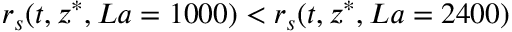
r _ { s } ( t , z ^ { * } , L a = 1 0 0 0 ) < r _ { s } ( t , z ^ { * } , L a = 2 4 0 0 )